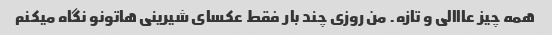
همه چیز عااالی و تازه. من روزی چند بار فقط عکسای شیرینی هاتونو نگاه میکنم